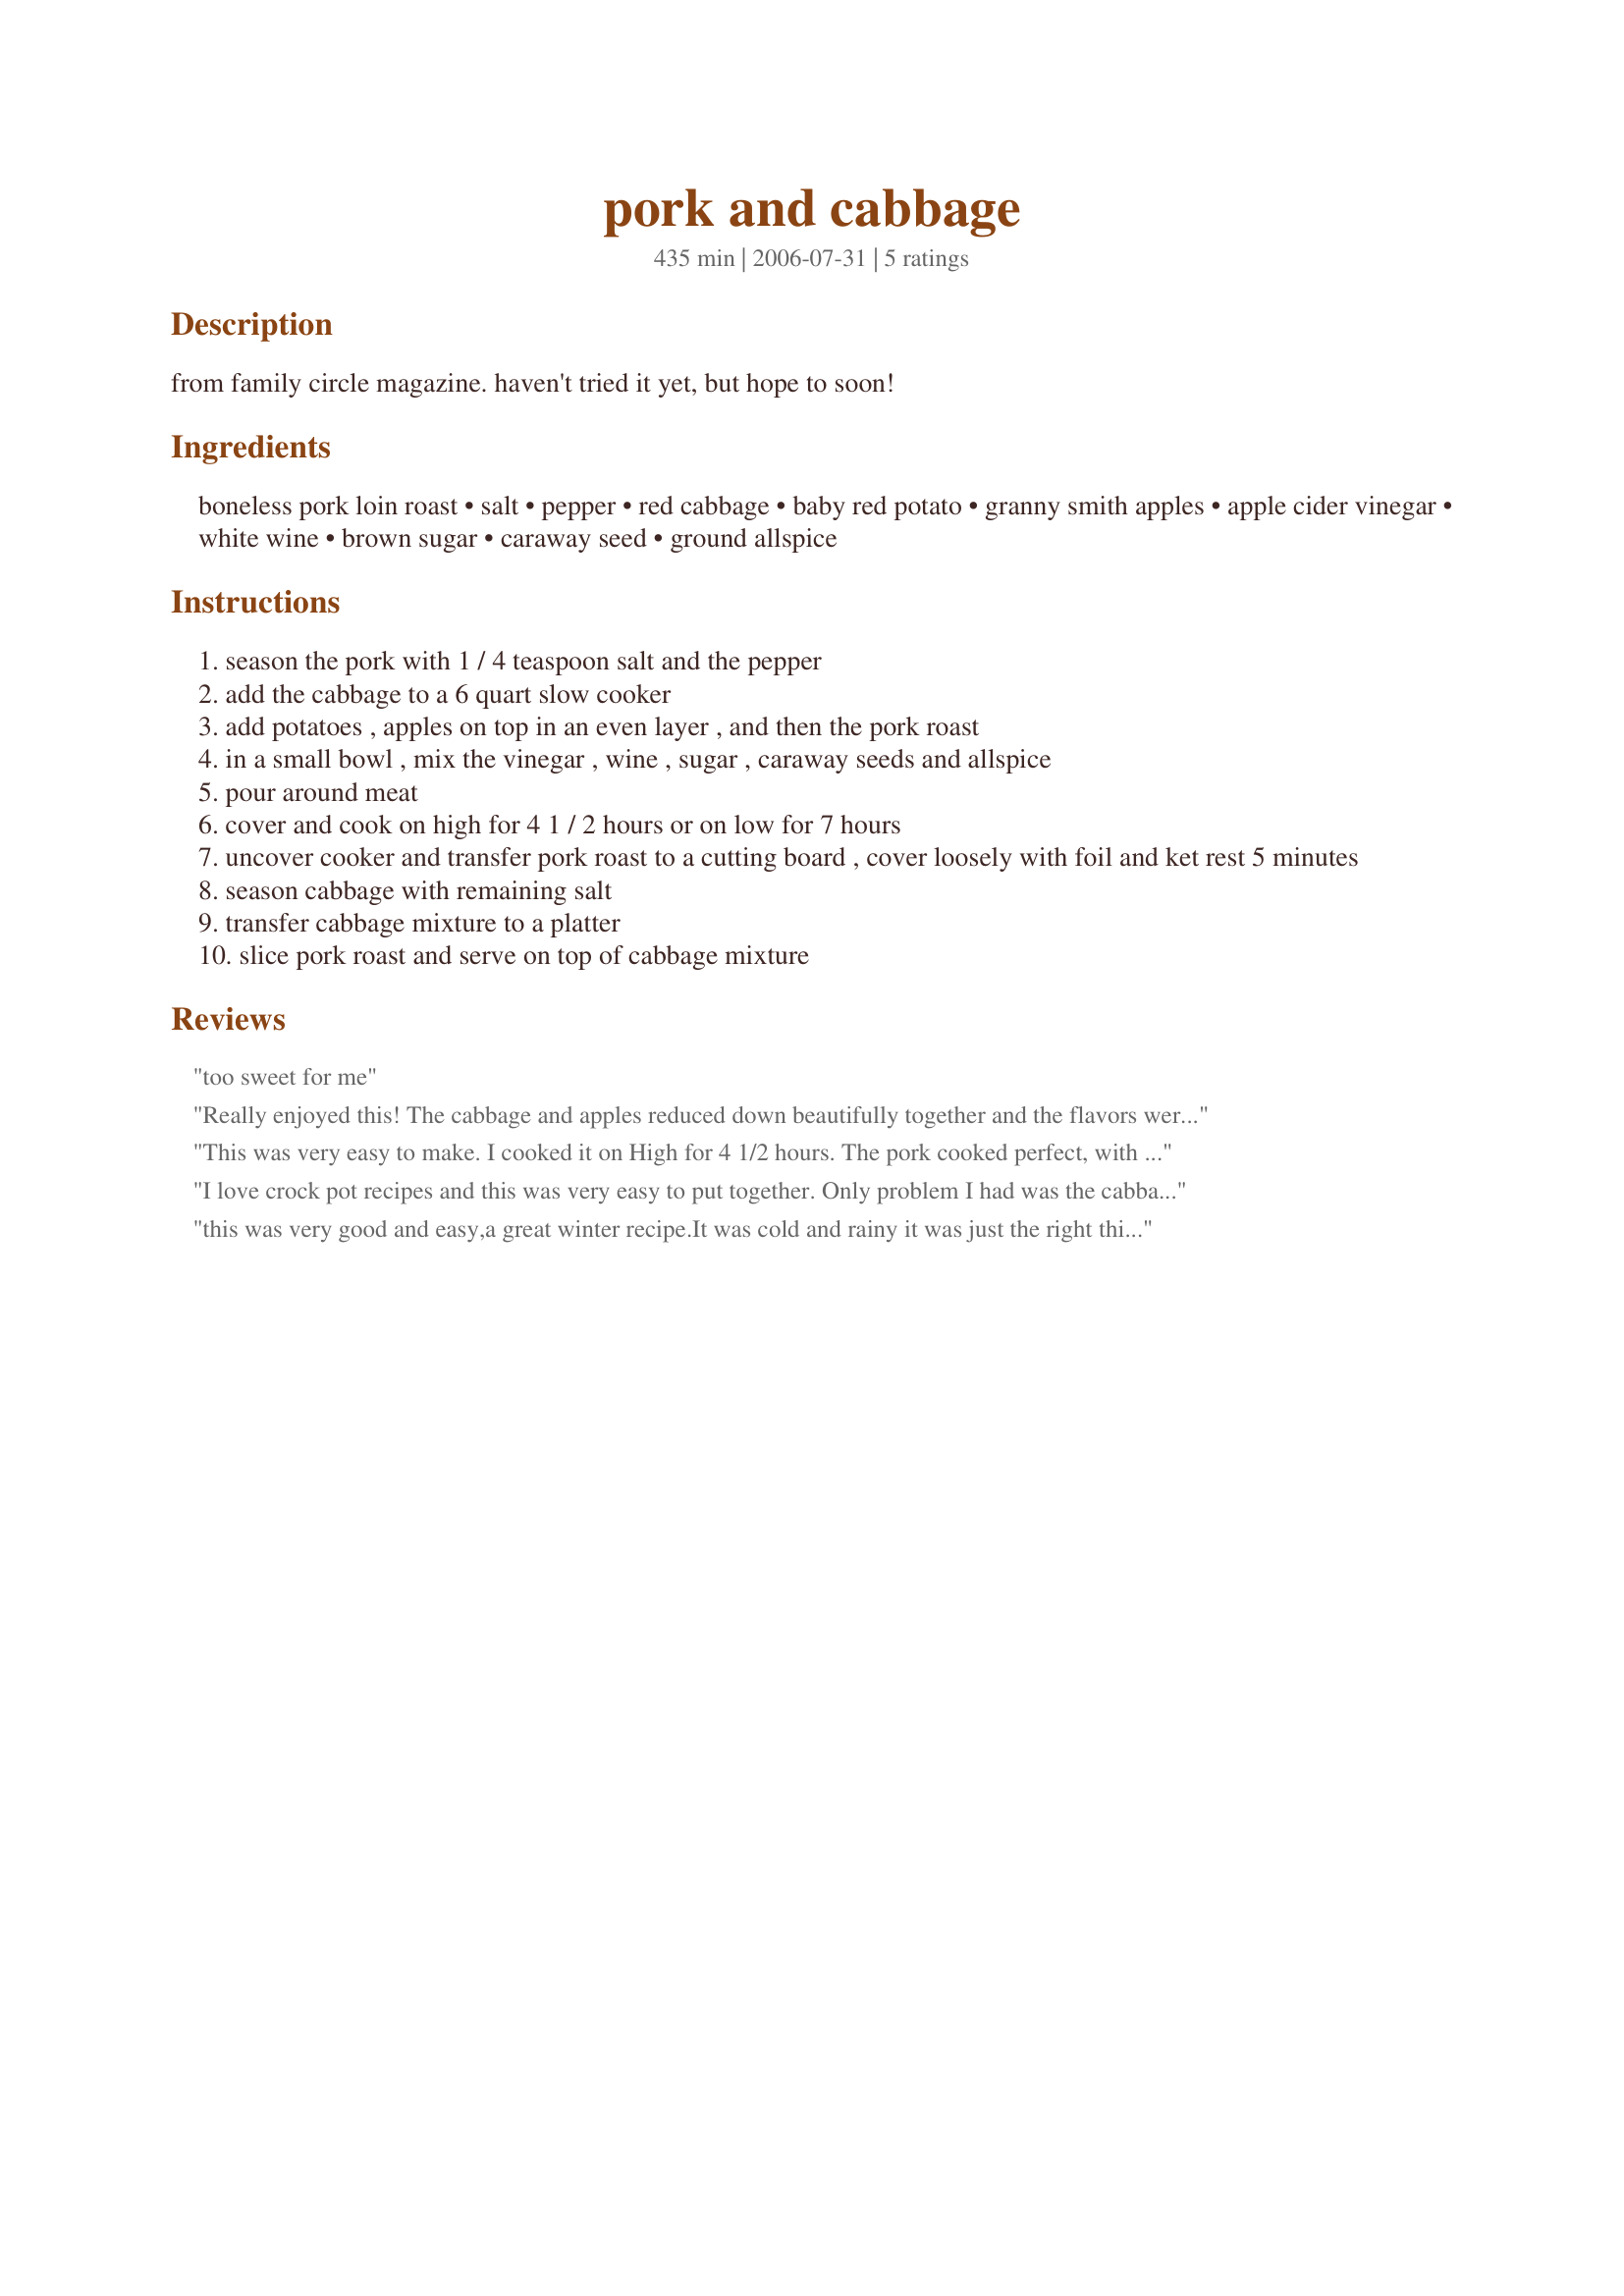
pork and cabbage
Preparation time: 435 minutes

from family circle magazine. haven't tried it yet, but hope to soon!

Ingredients:
boneless pork loin roast, salt, pepper, red cabbage, baby red potato, granny smith apples, apple cider vinegar, white wine, brown sugar, caraway seed, ground allspice

Steps:
season the pork with 1 / 4 teaspoon salt and the pepper
add the cabbage to a 6 quart slow cooker
add potatoes , apples on top in an even layer , and then the pork roast
in a small bowl , mix the vinegar , wine , sugar , caraway seeds and allspice
pour around meat
cover and cook on high for 4 1 / 2 hours or on low for 7 hours
uncover cooker and transfer pork roast to a cutting board , cover loosely with foil and ket rest 5 minutes
season cabbage with remaining salt
transfer cabbage mixture to a platter
slice pork roast and serve on top of cabbage mixture

Reviews:
too sweet for me
Really enjoyed this! The cabbage and apples reduced down beautifully together and the flavors were very complimentary. I couldn't get any baby potatoes locally so I used some regular potatoes quartered.
This was very easy to make. I cooked it on High for 4 1/2 hours. The pork cooked perfect, with a hint of pink. It held it&#039;s shape when I carved it and was so very moist. I wonder if I can make a gravy out of the beautiful red juice in the bottom of the crock. I&#039;ll have to give it a try and see how it tastes. Made for team Soup-A-Stars during ZWT9 2013
I love crock pot recipes and this was very easy to put together. Only problem I had was the cabbage, apples and pork were done but not my potatoes. I did use very small red potatoes but they were still a little hard at 7 hours. Next time I will cube the potatoes. We liked the taste of the cabbage and potatoes, but felt the pork was a tad boring, but if ate with the cabbage onto top of it with some of the cabbage juice it added flavor. Made for ZWT2011.
this was very good and easy,a great winter recipe.It was cold and rainy it was just the right thing. Will make again.Flavors were just right.Didn't change a thing.
